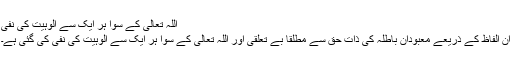
اللہ تعالیٰ کے سوا ہر ایک سے اُلوہیت کی نفی
ان الفاظ کے ذریعے معبودانِ باطلہ کی ذاتِ حق سے مطلقاً بے تعلقی اور اللہ تعالیٰ کے سوا ہر ایک سے الُوہیت کی نفی کی گئی ہے۔